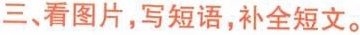
三、看图片,写短语,补全短文。